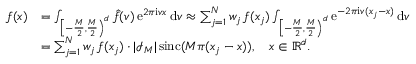
\begin{array} { r l } { f ( \boldsymbol x ) } & { = \int _ { \left[ - \frac M 2 , \frac M 2 \right) ^ { d } } \hat { f } ( \boldsymbol v ) \, \mathrm e ^ { 2 \pi \mathrm i \boldsymbol v \boldsymbol x } \, \mathrm d \boldsymbol v \approx \sum _ { j = 1 } ^ { N } w _ { j } \, f ( \boldsymbol x _ { j } ) \int _ { \left[ - \frac M 2 , \frac M 2 \right) ^ { d } } \mathrm e ^ { - 2 \pi \mathrm i \boldsymbol v ( \boldsymbol x _ { j } - \boldsymbol x ) } \, \mathrm d \boldsymbol v } \\ & { = \sum _ { j = 1 } ^ { N } w _ { j } \, f ( \boldsymbol x _ { j } ) \cdot | \mathcal I _ { \boldsymbol M } | \, \mathrm { s i n c } ( M \pi ( \boldsymbol x _ { j } - \boldsymbol x ) ) , \quad \boldsymbol x \in \mathbb R ^ { d } . } \end{array}